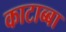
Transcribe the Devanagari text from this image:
काटाब्बा